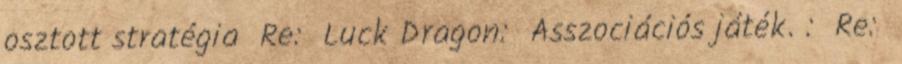
osztott stratégia Re: Luck Dragon: Asszociációs játék. : Re: